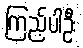
ကြည့်ပါဦး